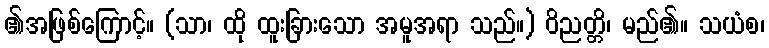
၏အဖြစ်ကြောင့်။ (သာ၊ ထို ထူးခြားသော အမူအရာ သည်။) ဝိညတ္တိ၊ မည်၏။ သယံစ၊